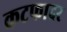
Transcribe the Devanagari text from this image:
कटफादर